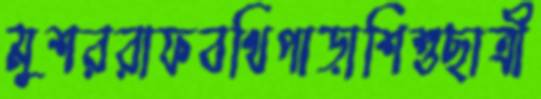
মুশররাফবথিপাড়াশিশুছাত্রী